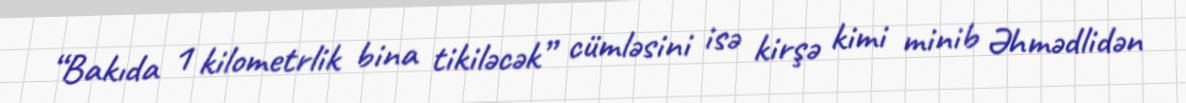
“Bakıda 1 kilometrlik bina tikiləcək” cümləsini isə kirşə kimi minib Əhmədlidən